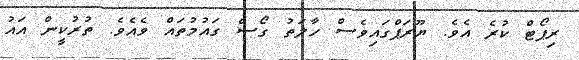
ރިޕޯޓް ކުރެ އެވެ. ޔޫރަޕްގައިވެސް ހާލަތު ގޯސް ގައުމުތައް ވެއެވެ. ތުރުކީން އައު